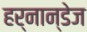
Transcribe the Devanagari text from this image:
हर्नान्डेज